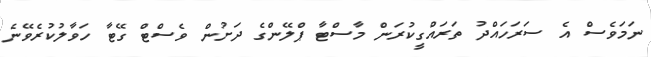
ނަމަވެސް އެ ސަރަހައްދު ތަރައްގީކުރަން މާސްޓާ ޕްލޭންގެ ދަށުން ވެސްޓް ގޭޓާ ހަވާލުކުރެވޭނެ